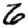
Digit: 6